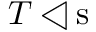
T \triangleleft { \mathrm { s } }